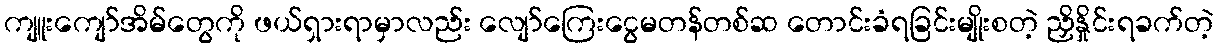
ကျူးကျော်အိမ်တွေကို ဖယ်ရှားရာမှာလည်း လျော်ကြေးငွေမတန်တစ်ဆ တောင်းခံရခြင်းမျိုးစတဲ့ ညှိနှိုင်းရခက်တဲ့